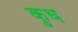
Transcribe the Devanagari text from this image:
कुध